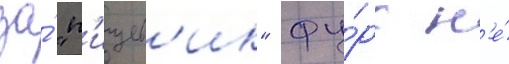
за́ "п'ищев'ик" фу́рс н'е́